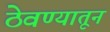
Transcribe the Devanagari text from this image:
ठेवण्यातून